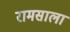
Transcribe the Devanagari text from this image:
रामसाला